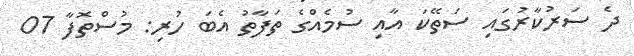
ދެ ސަރުކާރުގައި ސަތޭކަ އާއި ސުމެއްގެ ތަފާތު އެބަ ހުރި: މުސްތޮފާ 07